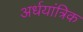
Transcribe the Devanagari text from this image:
अर्धयांत्रिक